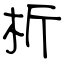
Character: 析